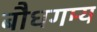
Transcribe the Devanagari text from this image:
बौधगम्य